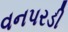
વનપરડી